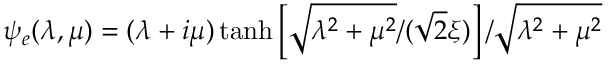
\psi _ { e } ( \lambda , \mu ) = ( \lambda + i \mu ) \operatorname { t a n h } \left[ \sqrt { \lambda ^ { 2 } + \mu ^ { 2 } } / ( \sqrt { 2 } \xi ) \right] / \sqrt { \lambda ^ { 2 } + \mu ^ { 2 } }